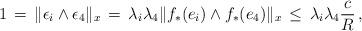
LaTeX: \begin{align*}1\,=\,\|\epsilon_i\wedge\epsilon_4\|_x\,=\,\lambda_i\lambda_4\|f_\ast (e_i)\wedge f_\ast(e_4)\|_x\,\leq\,\lambda_i\lambda_4\frac{c}{R}\,,\end{align*}